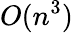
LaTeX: O(n^{3})